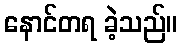
နောင်တရ ခဲ့သည်။